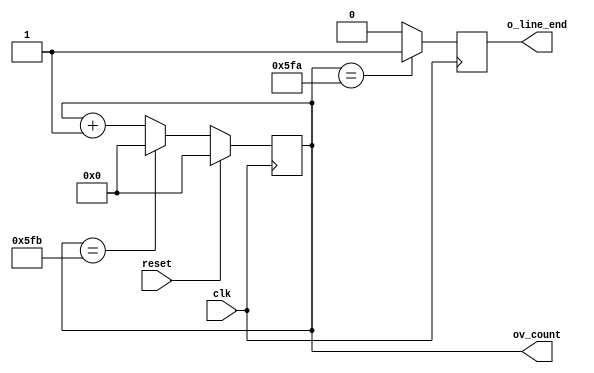

//-------------------------------------------------------------------------------------------------
//  --    : , 2010 -2015.
//  --      .
//  --          : FPGA
//  --        : ccd_count.v
//  --        : 
//-------------------------------------------------------------------------------------------------
//
//  --  :
//
//  --          :|      :|  
//---------------------------------------------------------------------------------------
//  --        	:| 09/01/2013   :|  
//  --       	:| 04/29/2015   :|  ICX445 sensor
//  --       	:| 2015/12/8    :|  u3
//---------------------------------------------------------------------------------------
//-------------------------------------------------------------------------------------------------
//
//  --      :
//              1)  : CCD
//
//-------------------------------------------------------------------------------------------------
///
`timescale      1ns/100ps
//-------------------------------------------------------------------------------------------------

module ccd_count # (
	parameter	LINE_PERIOD		= 1532		,	//
	parameter	LINE_CNT_WIDTH	= 13			//
	)
	(
	input							clk     	,   //
	input							reset		,	//
	output							o_line_end	,	//
	output	[LINE_CNT_WIDTH-1:0]	ov_count		//
	);

	//	ref signals
	//	-------------------------------------------------------------------------------------
	//	
	//	-------------------------------------------------------------------------------------
	reg		[LINE_CNT_WIDTH-1:0]		count		= 'b0;
	reg									line_end	= 1'b0;

	//	ref ARCHITECTURE
	//  ===============================================================================================
	//  
	//  ===============================================================================================
	//  -------------------------------------------------------------------------------------
	//  
	//  -------------------------------------------------------------------------------------
	always @ (posedge clk) begin
		if(reset) begin
			count	<= 'b0;
		end
		else if(count==(LINE_PERIOD-1)) begin
			count	<= 'b0;
		end
		else begin
			count	<= count + 1'b1;
		end
	end
	assign	ov_count	= count;

	//  -------------------------------------------------------------------------------------
	//  
	//  -------------------------------------------------------------------------------------
	always @ (posedge clk) begin
		if(count==(LINE_PERIOD-2)) begin
			line_end	<= 1'b1;
		end
		else begin
			line_end	<= 1'b0;
		end
	end
	assign	o_line_end	= line_end;

endmodule